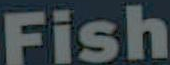
Fish